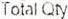
TOTAL QTY